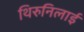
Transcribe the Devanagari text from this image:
थिरुनिलाई